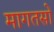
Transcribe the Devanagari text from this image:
मागतसों